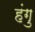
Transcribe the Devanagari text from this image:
हंगु